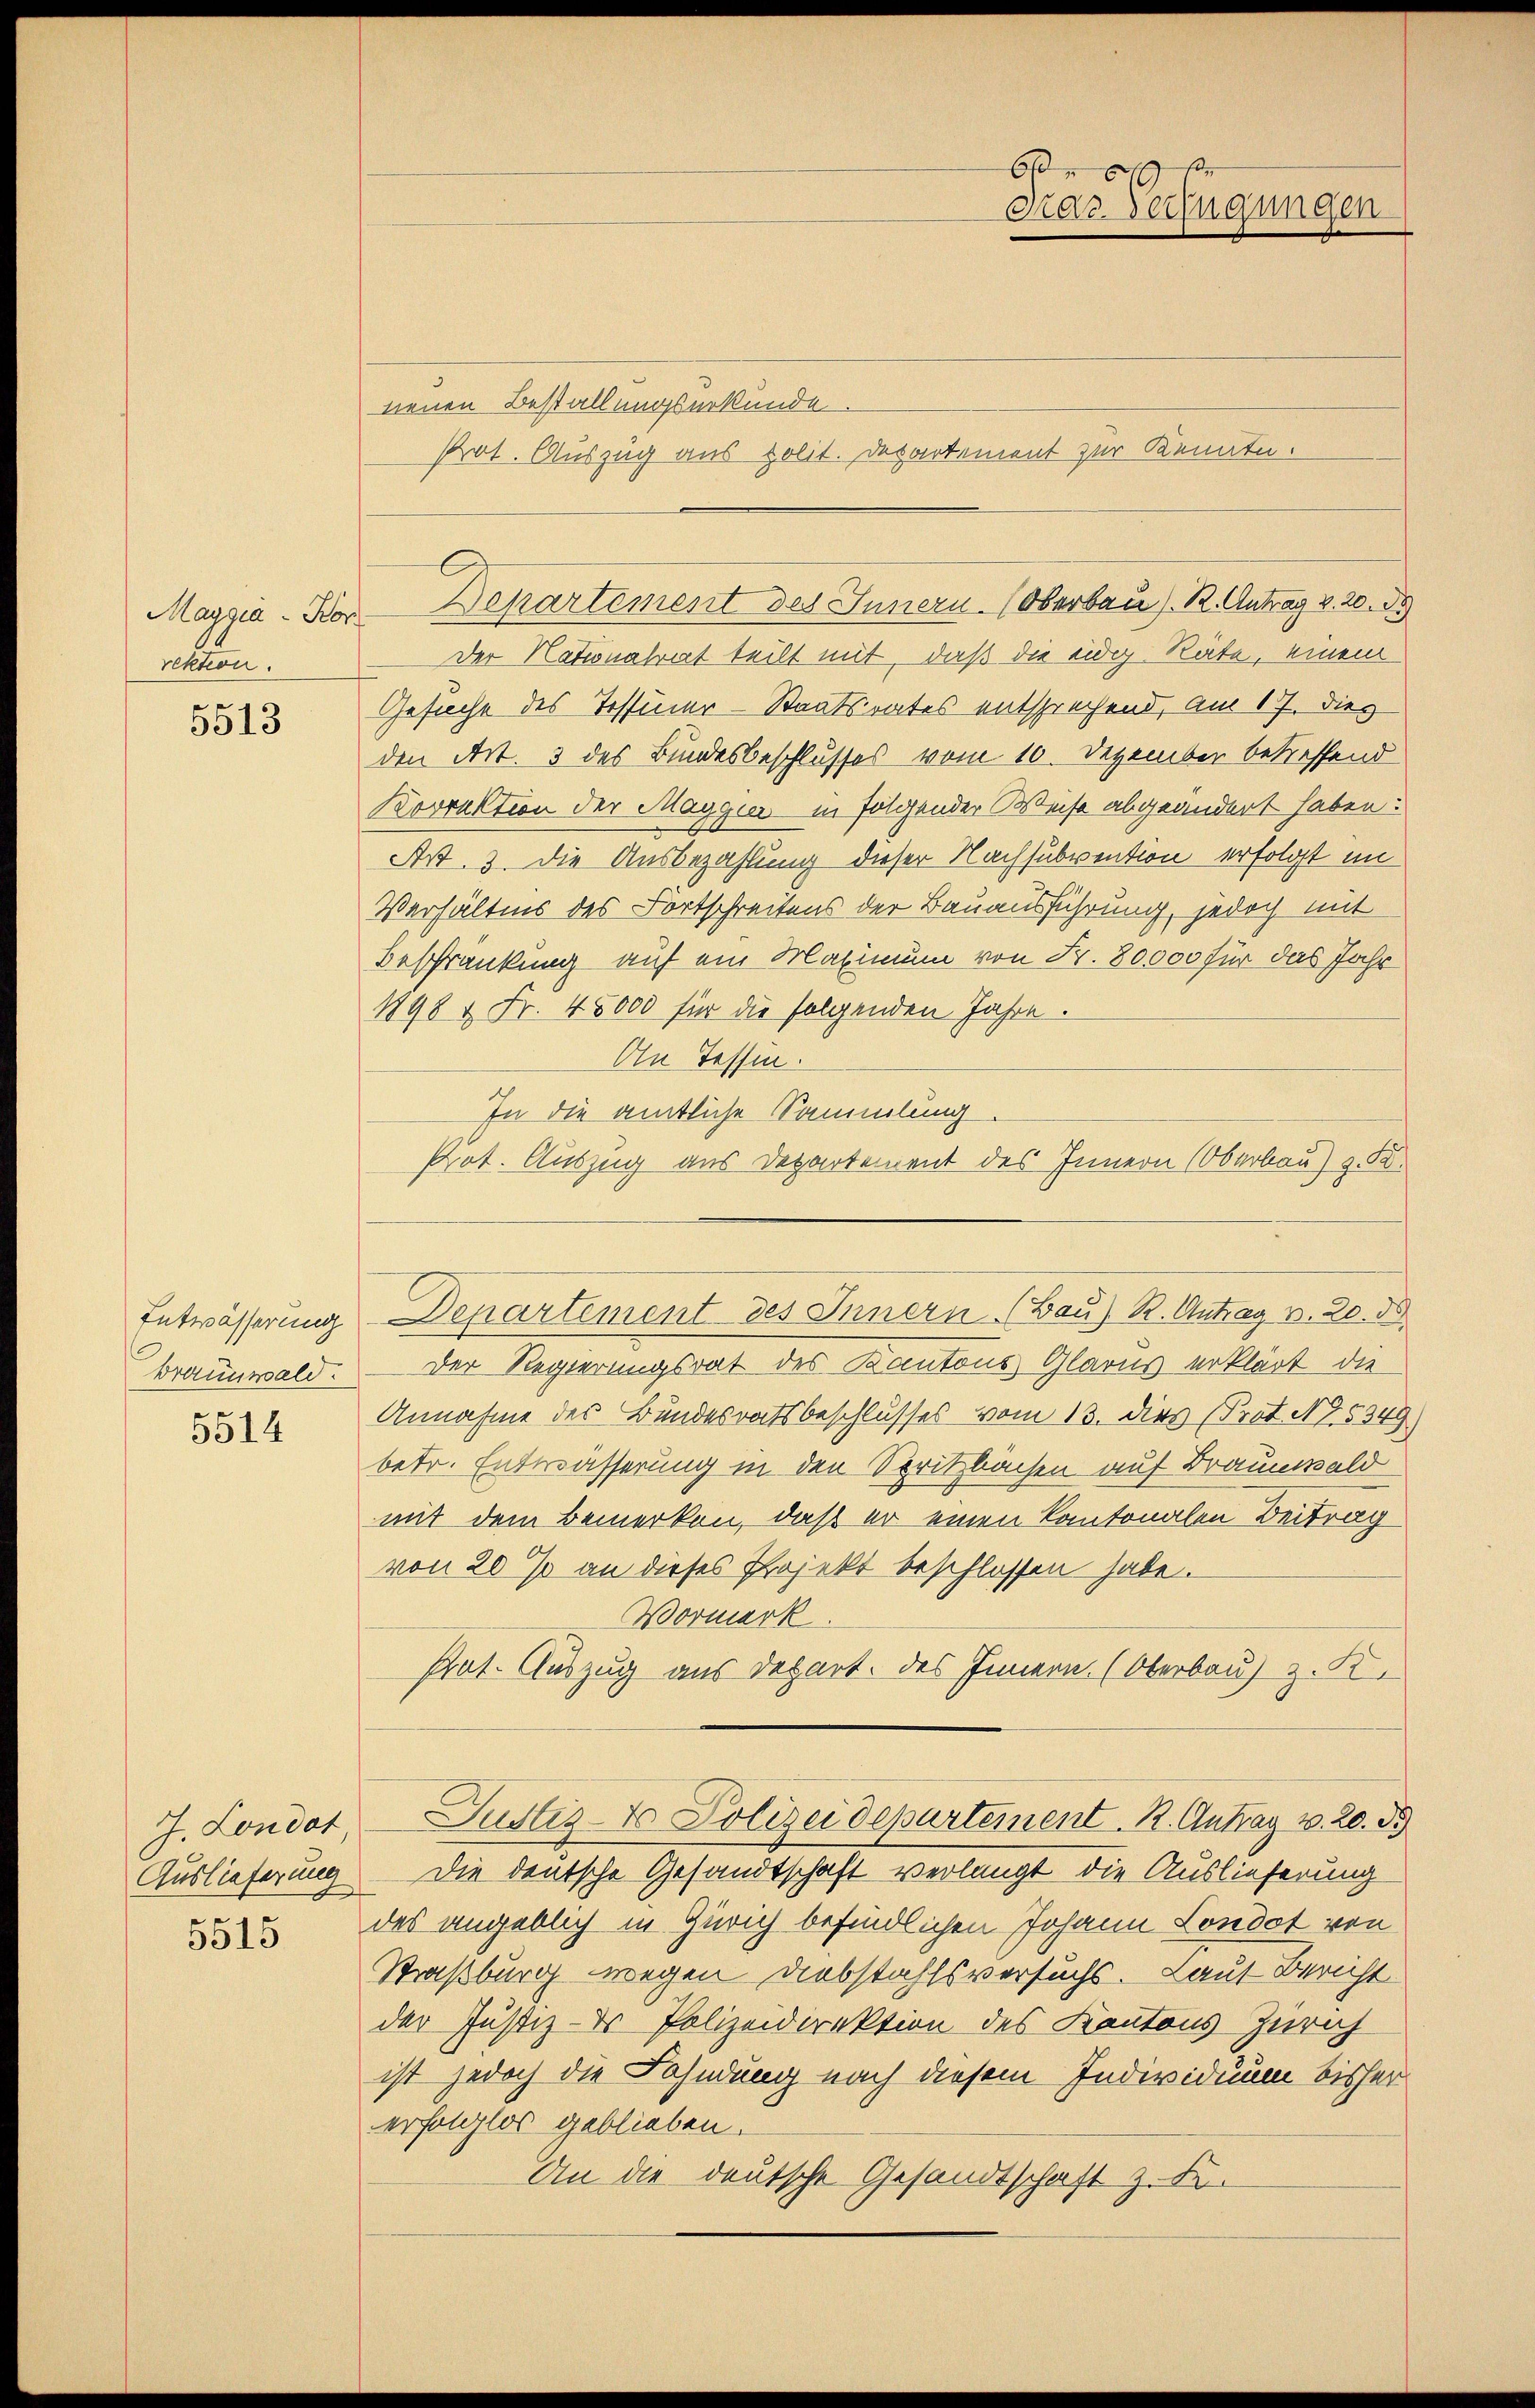
Maggia - Kor
rektion.

5513

Entwässerung
Braunwald.

5514

J. Londot
Auslieferung

5515

nenen Bestallungsurkunde.
Pot. Auszug aus polit. Departement zur Kennte.

Departement des Innern. (Oberbau s. R. Antrag v. 20. d.

Der Nationalrat teilt mit, daß die eidig Räte, einem
Gesuche des Tessiner-Staatsrates entsprechend, am 17. dies
den Art. 3 des Bundesbeschlusses vom 10. Dezember betreffend
Korrektion der Maggier in folgender Weise abgeändert haben:
Art. 3. die Ausbezahlung dieser Nachsubvention erfolgt im
Verhältnis des Fortschreitens der Bauausführung, jedoch mit
Beschränkung auf ein Maximum von Fr. 80,000 für das Jahr
1898 & Fr. 45000 für die folgenden Jahre.
An Tessin.
In die amtliche Sammlung
Pot. Auszug aus Departement des Innern (Oberbau) z. B.
Der Regierungsrat des Kantons Glarus erklärt die
Annahme des Bundesratsbeschlusses vom 13. dies (Prot. No. 5349)
betr. Entwässerung in den Spritzbachen auf Braunwald
mit dem Bemerken, daß er einen Kantonalen Beitrag
von 20 % an dieses Projekt beschlossen habe.
Wormerk.
Prat. Auszug aus Depart. des Innern. (Oberbau) z. K.
Justiz- & Polizeidepartement. R. Antrag v. 20. d.
Die deutsche Gesandtschaft verlangt die Auslieferung
des angeblich in Zürich befindlichen Johann Londot von
Straßburg wegen Diebstahlsversuchs. Laut Bericht
der Justiz- & Polizeidirektion des Kantons Zürich
ist jedoch die Fahndung nach diesem Individuum bisher
erfolglos geblieben.
An die deutsche Gesandtschaft z. Fr.

6fr
Krar. Verfügungen

Departement des Innern (Bau) R. Antrag v. 20. ds